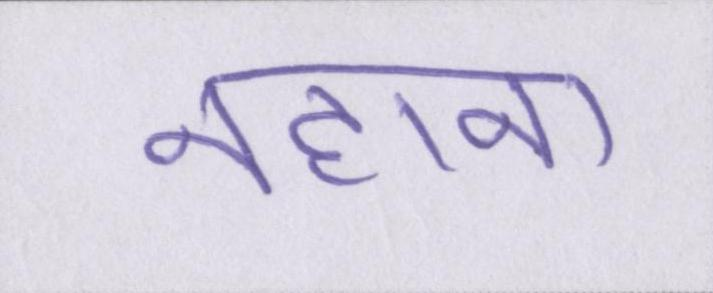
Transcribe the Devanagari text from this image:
नहाना